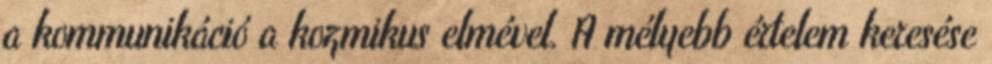
a kommunikáció a kozmikus elmével. A mélyebb értelem keresése